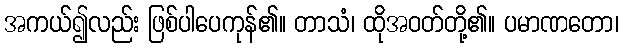
အကယ်၍လည်း ဖြစ်ပါပေကုန်၏။ တာသံ၊ ထိုအဝတ်တို့၏။ ပမာဏတော၊